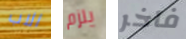
الاب يلزم فاخر